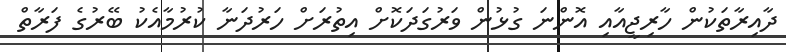
ދާއިރާތަކުން ހާރިޖީއާއި އޮންނަ ގުޅުން ވަރުގަދަކޮށް އިތުރަށް ހަރުދަނާ ކުރުމާއެކު ބޭރުގެ ފަރާތް